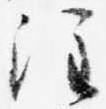
注